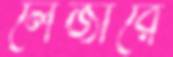
লেজারে